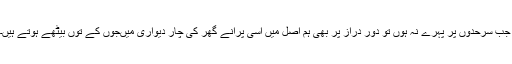
جب سرحدوں پر پہرے نہ ہوں تو دور دراز پر بھی ہم اصل میں اسی پرانے گھر کی چار دیواری میںجوں کے توں بیٹھے ہوتے ہیں۔